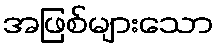
အဖြစ်များသော